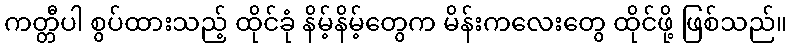
ကတ္တီပါ စွပ်ထားသည့် ထိုင်ခုံ နိမ့်နိမ့်တွေက မိန်းကလေးတွေ ထိုင်ဖို့ ဖြစ်သည်။